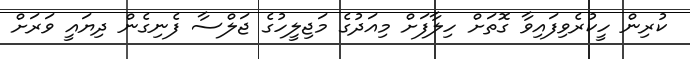
ކުރިން ހީކުރެވިފައިވާ ގޮތަށް ހިލާފަށް މިއަދުގެ މަޖިލީހުގެ ޖަލްސާ ފެނިގެން ދިޔައީ ވަރަށް